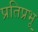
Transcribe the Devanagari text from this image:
प्रतिप्रभू